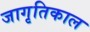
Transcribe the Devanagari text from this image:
जागृतिकाल